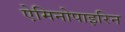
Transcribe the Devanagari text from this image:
ऐमिनोपाइरिन